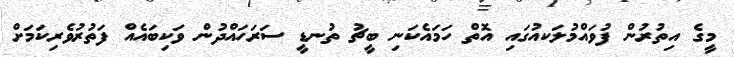
މީގެ އިތުރުން ފުވައްމުލަކއުގައި އޮތް ހަމައެކަނި ބީޗު ތުނޑީ ސަރަހައްދުން ވަކިބައެއް ފަތުރުވެރިކަމަށް